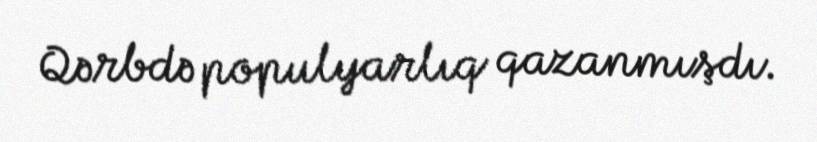
Qərbdə populyarlıq qazanmışdı.